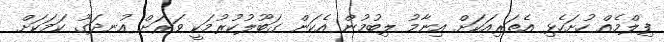
ފިލްމެއް ހުށަހެޅި އެތަރިއަކަށް އިނާމު ލިބުމުން އެކަން ގަބޫލުކުރުމަކީ ވަރަށް އުނދަގޫ ކަމަކަށް